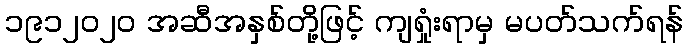
၁၉၁၂၀၂၀ အဆီအနှစ်တို့ဖြင့် ကျရှုံးရာမှ မပတ်သက်ရန်